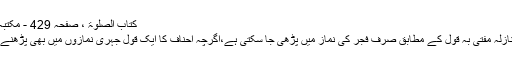
کتاب الصلوۃ ، صفحہ 429 - مکتبہ جبریل
قنوت ِ نازلہ مفتیٰ بہٖ قول کے مطابق صرف فجر کی نماز میں پڑھی جا سکتی ہے،اگرچہ احناف کا ایک قول جہری نمازوں میں بھی پڑھنے کا ہے۔